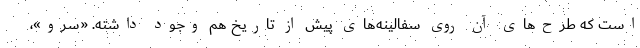
است که طرح‌های آن روی سفالینه‌های پیش از تاریخ هم وجود داشته. «سرو»،